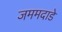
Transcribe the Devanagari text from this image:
जममदाडे